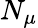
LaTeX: N_{\mu}